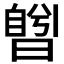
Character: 𣊅